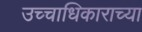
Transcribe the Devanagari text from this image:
उच्चाधिकाराच्या